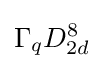
\Gamma _{q}D_{2d}^{8}